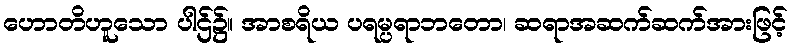
ဟောတိဟူသော ပါဌ်၌။ အာစရိယ ပရမ္ပရာဘတော၊ ဆရာအဆက်ဆက်အားဖြင့်